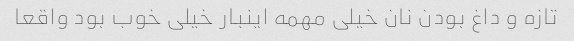
تازه و داغ بودن نان خیلی مهمه اینبار خیلی خوب بود واقعا